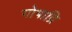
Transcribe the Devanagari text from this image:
गोपाद्रि